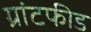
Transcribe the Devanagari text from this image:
ग्रांटफीड